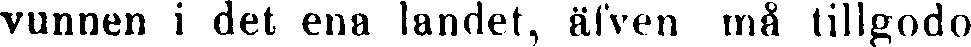
vunnen i det ena landet, äfven må tillgodo